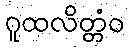
ဂူထလိတ္တံဝ